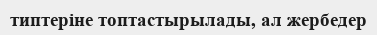
типтеріне топтастырылады, ал жербедер